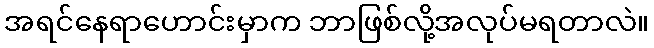
အရင်နေရာဟောင်းမှာက ဘာဖြစ်လို့အလုပ်မရတာလဲ။